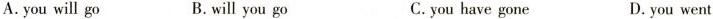
A. you will go B. will you go C. you have gone D. you went